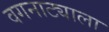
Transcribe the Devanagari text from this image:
वगनाट्याला